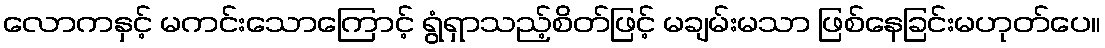
လောကနှင့် မကင်းသောကြောင့် ရွံရှာသည့်စိတ်ဖြင့် မချမ်းမသာ ဖြစ်နေခြင်းမဟုတ်ပေ။